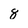
Character: 8